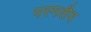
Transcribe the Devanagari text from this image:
परमशैव